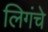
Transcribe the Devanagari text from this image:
लिगंचे